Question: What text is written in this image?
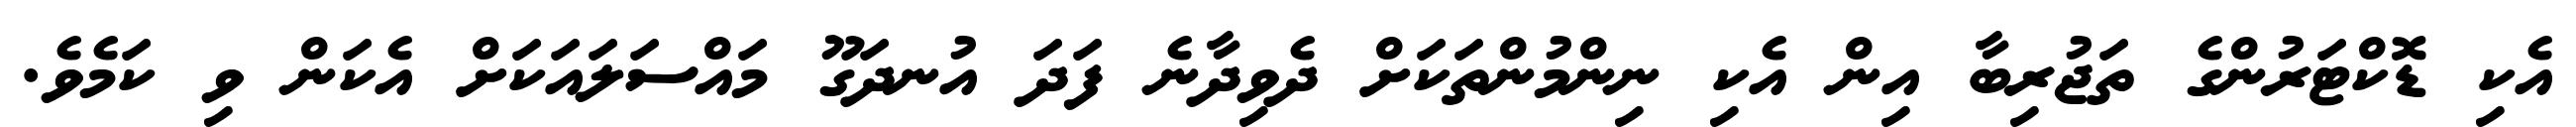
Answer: އެކި ޑޮކްޓަރުންގެ ތަޖުރިބާ އިން އެކި ނިންމުންތަކަށް ދެވިދާނެ ފަދަ އުނދަގޫ މައްސަލައަކަށް އެކަން ވި ކަމެވެ.